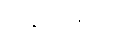
တုန်ခါနေသည်